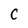
Character: C